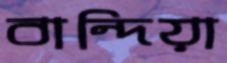
বান্দিয়া